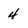
Character: 4